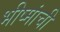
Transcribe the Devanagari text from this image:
भीष्मांची